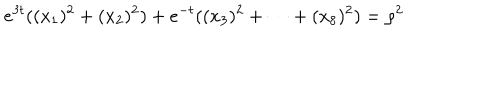
LaTeX: e ^ { 3 t } ( ( x _ { 1 } ) ^ { 2 } + ( x _ { 2 } ) ^ { 2 } ) + e ^ { - t } ( ( x _ { 3 } ) ^ { 2 } + \cdots + ( x _ { 8 } ) ^ { 2 } ) = \rho ^ { 2 }